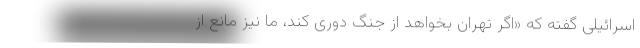
اسرائیلی گفته که «اگر تهران بخواهد از جنگ دوری کند، ما نیز مانع از